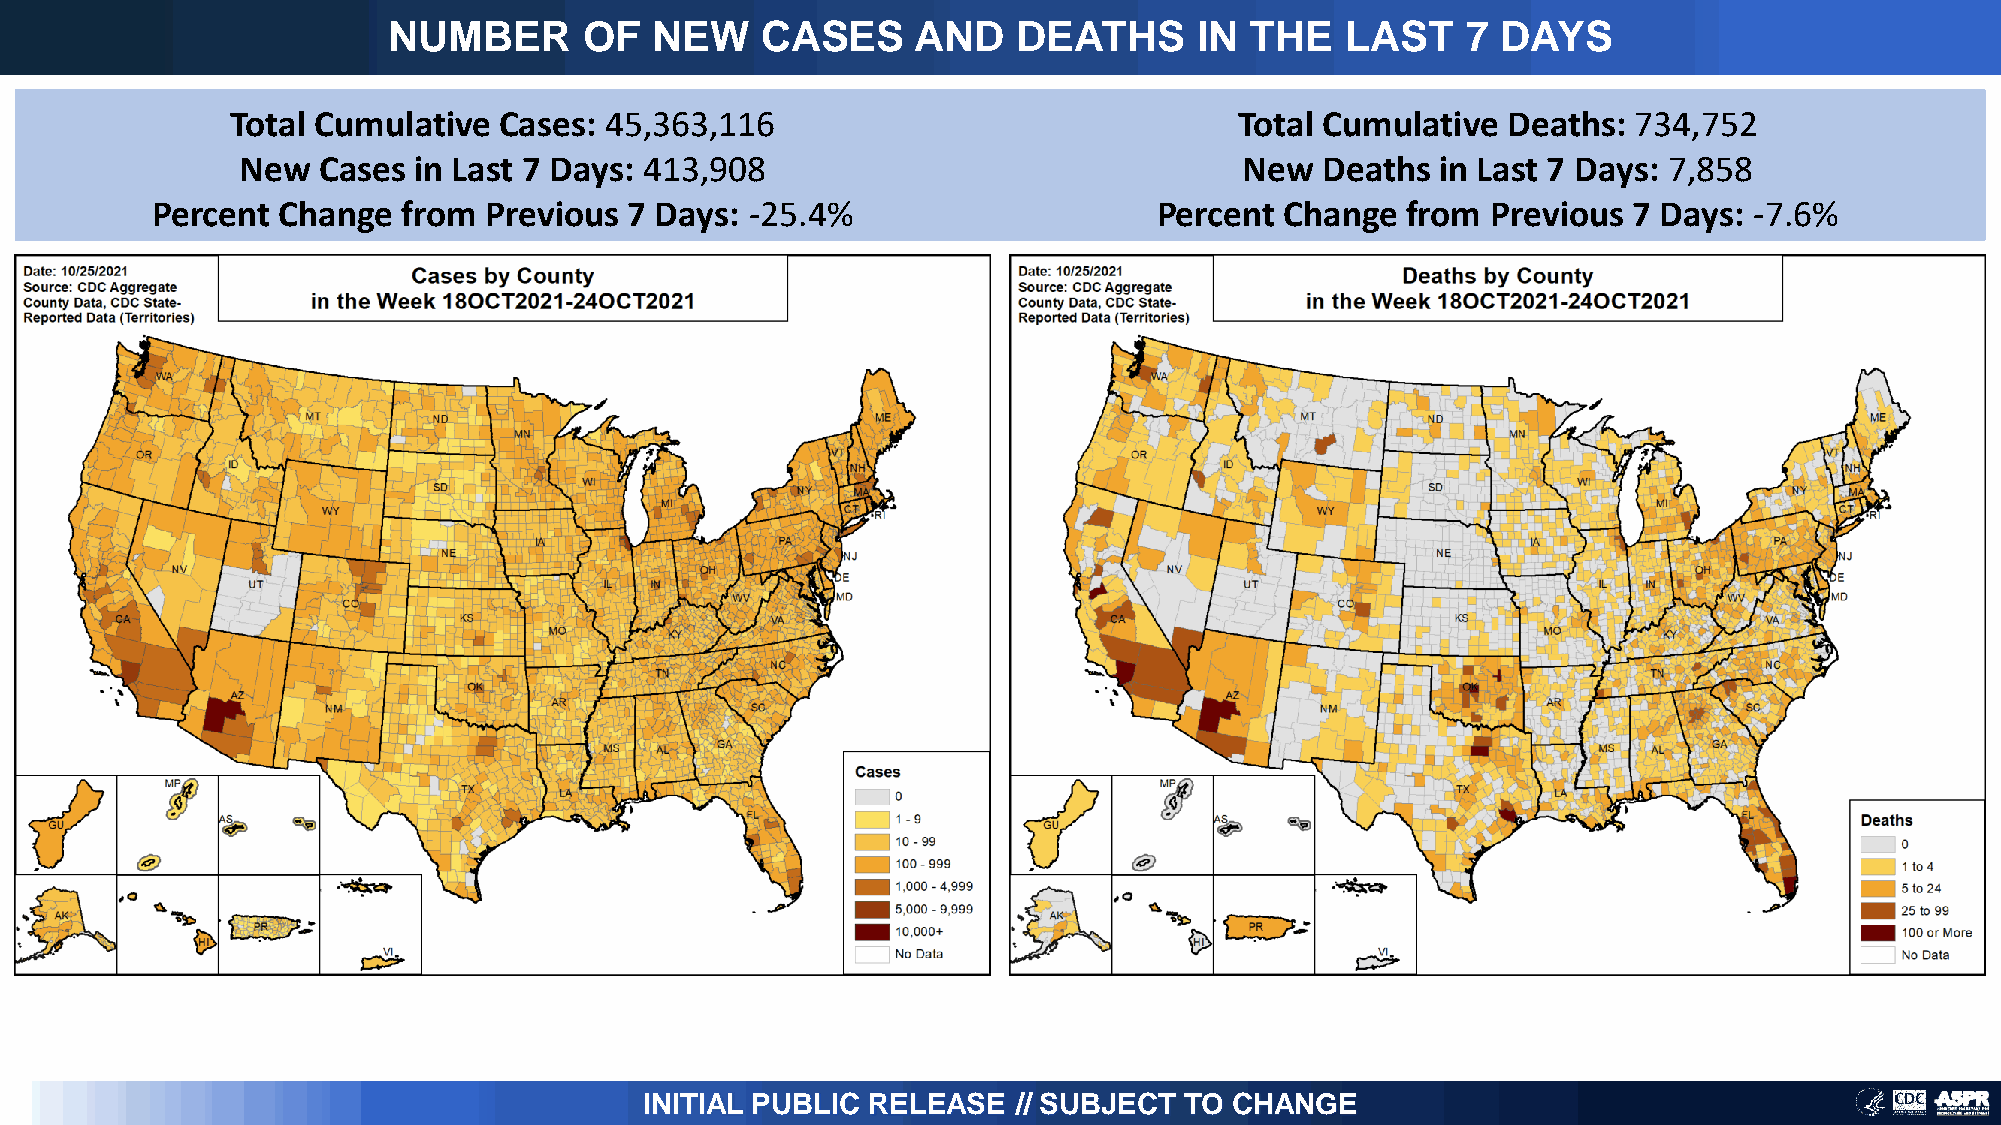
NUMBER       OF  NEW    CASES      AND   DEATHS      IN  THE   LAST    7 DAYS
 Total Cumulative  Cases: 45,363,116                                Total Cumulative  Deaths: 734,752
 New  Cases in Last 7 Days: 413,908                                New  Deaths  in Last 7 Days: 7,858
 Percent Change   from Previous  7 Days: -25.4%                     Percent Change  from  Previous 7 Days: -7.6%
 INITIAL PUBLIC RELEASE  // SUBJECT TO  CHANGE